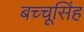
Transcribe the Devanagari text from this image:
बच्चूसिंह